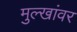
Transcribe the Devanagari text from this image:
मुल्खांवर